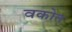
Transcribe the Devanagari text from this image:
वकोत